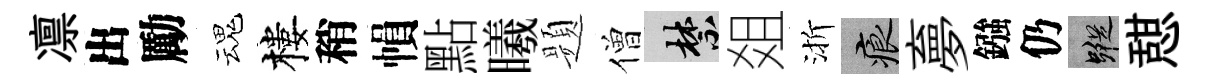
凛出勵魂樓稍𢄙點曦题僧禁爼渐痕夣鏹仍蹤憇